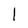
Character: I